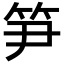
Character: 笋